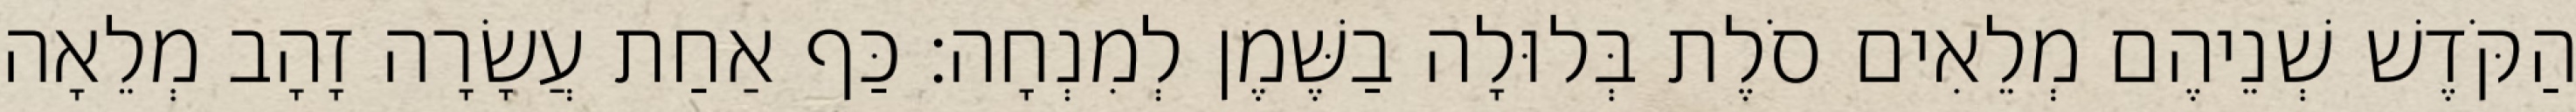
הַקֹּדֶשׁ שְׁנֵיהֶם מְלֵאִים סֹלֶת בְּלוּלָה בַשֶּׁמֶן לְמִנְחָה׃ כַּף אַחַת עֲשָׂרָה זָהָב מְלֵאָה